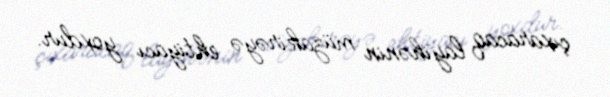
çıxaracaq layihənin müzakirəyə ehtiyacı yoxdur.